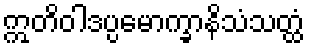
ဣတိဝါဒပ္ပမောက္ခာနိသံသတ္ထံ